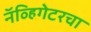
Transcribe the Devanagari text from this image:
नॅव्हिगेटरचा